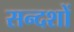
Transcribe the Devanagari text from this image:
सन्दशों